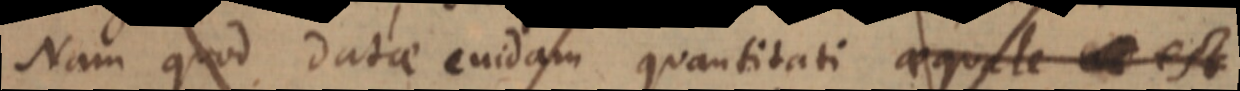
Nam quod datae cuidam quantitati aequale est